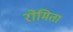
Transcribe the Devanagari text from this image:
रोमिता